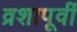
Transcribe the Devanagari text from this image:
व्रशापूर्वी